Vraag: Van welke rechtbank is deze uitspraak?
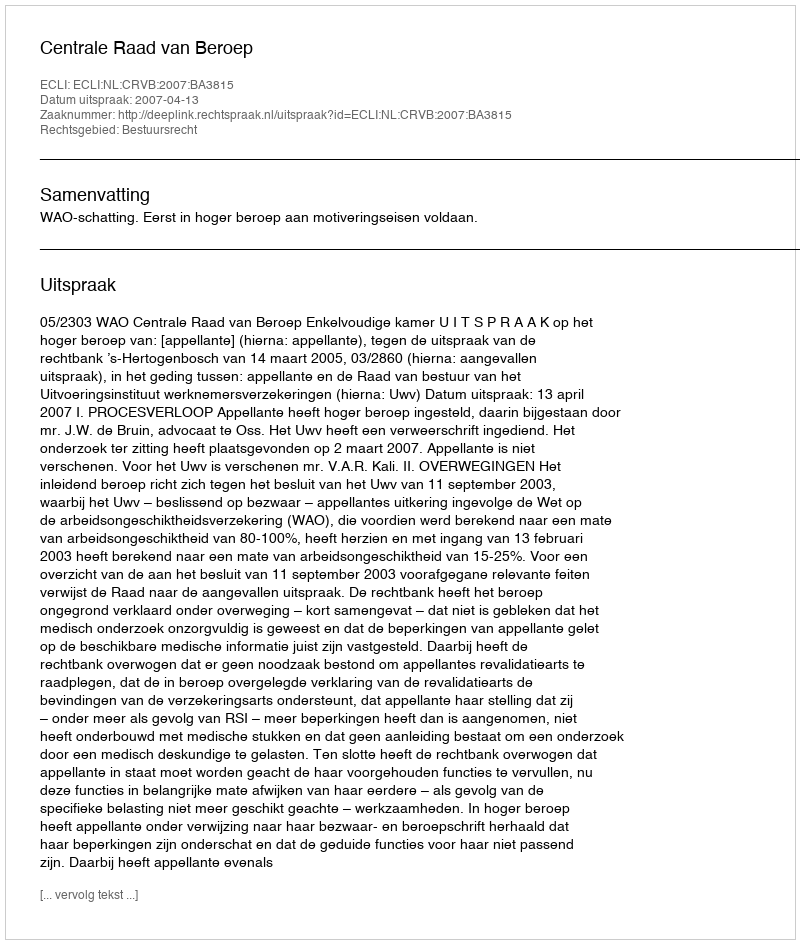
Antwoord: Centrale Raad van Beroep